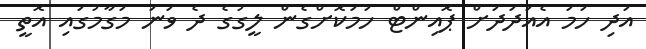
އަދި ހަމަ އެއަދަަދަށް ޕޮއިންޓް ހަމަކޮށްގެން ލީގުގެ ދެ ވަނަ މަގާމުގައި އޮތީ